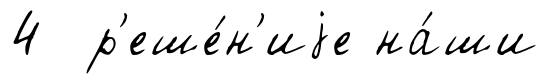
4 р'еше́н'иjе на́ши